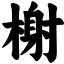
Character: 榭